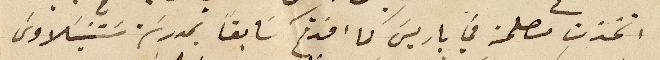
اتخذت مصلحة في باريس كما افدتكم سابقاً بمدرسة ستنيسلاوس